Plague in India, 1896, 1897 - Volume 2
Year: 1896
Disease focus: Plague
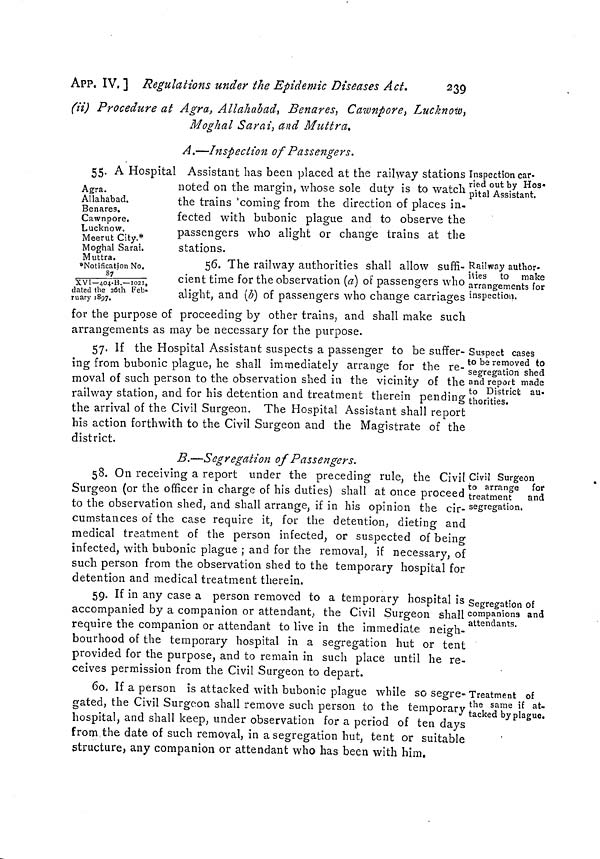
239
APP, IV. ] Regulations under the Epidemic Diseases Act.
(ii) Procedure at Agra, Allahabad, Benares, Cawnpore, Lucknow,
Moghal Sarai, and Muttra.
A.—Inspection of Passengers.
Inspection car-
ried out by Hos
pital Assistant.
Agra.
Allahabad.
Benares.
Cawnpore,
Lucknow.
Meerut City.*
Moghal Sarai.
Muttra.
*Notification No.
87/
XVI—404-B.—1021,
dated the 26th Feb-
ruary 1897.
55. A Hospital Assistant has been placed at the railway stations
noted on the margin, whose sole duty is to watch
the trains coming from the direction of places in.
fected with bubonic plague and to observe the
passengers who alight or change trains at the
stations.
Railway author-
ities to make
arrangements for
inspection.
56. The railway authorities shall allow suffi-
cient time for the observation (a) of passengers who
alight, and (b) of passengers who change carriages
for the purpose of proceeding by other trains, and shall make such
arrangements as may be necessary for the purpose.
Suspect cases
to be removed to
segregation shed
and report made
to District au-
thorities.
57. If the Hospital Assistant suspects a passenger to be suffer-
ing from bubonic plague, he shall immediately arrange for the re-
moval of such person to the observation shed in the vicinity of the
railway station, and for his detention and treatment therein pending
the arrival of the Civil Surgeon. The Hospital Assistant shall report
his action forthwith to the Civil Surgeon and the Magistrate of the
district.
B.—Segregation of Passengers.
Civil Surgeon
to arrange for
treatment
and
segregation.
58. On receiving a report under the preceding rule, the Civil
Surgeon (or the officer in charge of his duties) shall at once proceed
to the observation shed, and shall arrange, if in his opinion the cir-
cumstances of the case require it, for the detention, dieting and
medical treatment of the person infected, or suspected of being
infected, with bubonic plague ; and for the removal, if necessary, oí
such person from the observation shed to the temporary hospital for
detention and medical treatment therein.
Segregation of
companions and
attendants.
59. If in any case a person removed to a temporary hospital is
accompanied by a companion or attendant, the Civil Surgeon shall '
require the companion or attendant to live in the immediate neigh-
bourhood of the temporary hospital in a segregation hut or tent
provided for the purpose, and to remain in such place until he re-
ceives permission from the Civil Surgeon to depart.
Treatment of
the same if at-
tacked by plague.
60. If a person is attacked with bubonic plague while so segre-'
gated, the Civil Surgeon shall remove such person to the temporary
hospital, and shall keep, under observation for a period of ten days
from the date of such removal, in a segregation hut, tent or suitable
structure, any companion or attendant who has been with him.